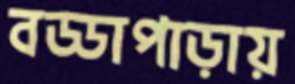
বড্ডাপাড়ায়